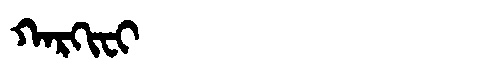
Manchu: ᡴᠠᡵᡴᡳᠸᡳ
Romanization: KARKIFI